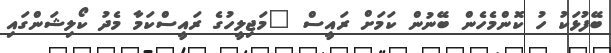
ބޭފުޅަކު ހު ކޮންމެހެން ބޭނުން ކަމަށް ރައީސް "މަޖިލީހުގެ ރައީސްކަމާ މެދު ކޯލިޝަންގައި